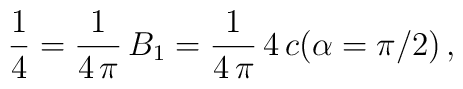
\frac{1}{4}=\frac{1}{4\,\pi}\,B_1=\frac{1}{4\,\pi}\,4\,c(\alpha=\pi/2)\,{,}